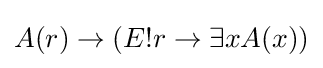
A(r)\rightarrow (E!r\rightarrow \exists xA(x))